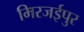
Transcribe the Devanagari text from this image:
मिरजईपुर